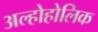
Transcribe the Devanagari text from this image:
अल्होहोलिक